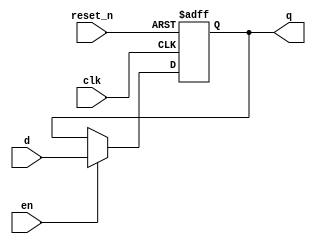
module dff(q,d,clk,reset_n,en);
output q;
input d;
input clk,reset_n,en;

reg temp;

always@(posedge clk or negedge reset_n) begin
if(!reset_n) temp<=1'b0;
else if(en) temp<=d;
end
assign q = temp;

endmodule

module nbit_dff#(
parameter WIDTH = 32
)(
output[WIDTH-1:0] q,
input[WIDTH-1:0] d,
input clk,reset_n,en
    );

genvar i;
generate
   for(i=0; i<WIDTH; i=i+1) begin :gen_nbit_dff
	   dff inst_dff(q[i], d[i], clk, reset_n, en);
	end
endgenerate

endmodule